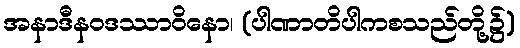
အနာဒီနဝဒဿာဝိနော၊ (ပါဏာတိပါကစသည်တို့၌)